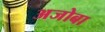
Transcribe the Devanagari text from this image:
अजोबा